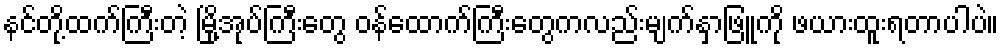
နင်တို့ထက်ကြီးတဲ့ မြို့အုပ်ကြီးတွေ ဝန်ထောက်ကြီးတွေကလည်းမျက်နှာဖြူကို ဖယားထူးရတာပါပဲ။